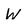
Character: W